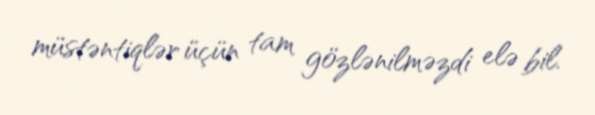
müstəntiqlər üçün tam gözlənilməzdi elə bil.